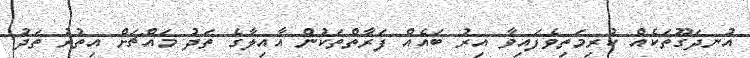
އުނދަގޫތަކެއް ކުރިމަތިވެފައިވާ އިރު ބައެއް ފަރާތްތަކުން އާއިލާގެ ތަދު މައްޗަށް އިތުރު ތަދު